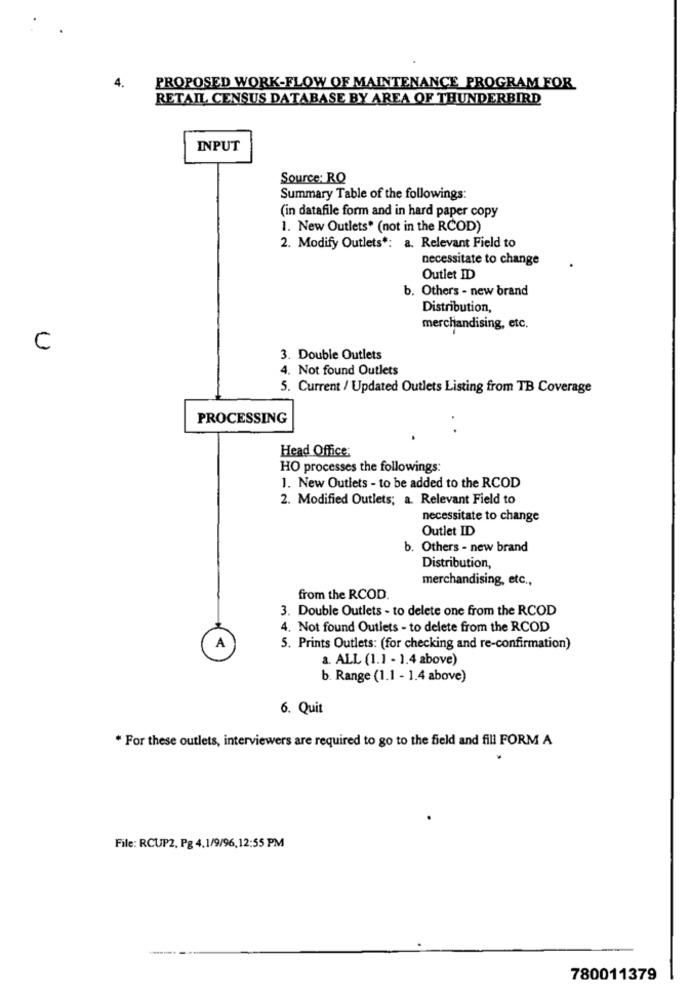
4.
PROPOSED WORK-FLOW OF MAINTENANCE PROGRAM FOR
RETAIL CENSUS DATABASE BY AREA OF THUNDERBIRD
INPUT
Source; RQ
Summary Table of the followings:
(in datafile form and in hard paper copy
1. New Outlets* (not in the RCOD)
2. Modify Outlets *: a. Relevant Field to
necessitate to change
Outlet ID
b. Others - new brand
Distribution,
merchandising, etc.
C
3. Double Outlets
4. Not found Outlets
5. Current / Updated Outlets Listing from TB Coverage
PROCESSING
Head Office:
HO processes the followings:
1. New Outlets - to be added to the RCOD
2. Modified Outlets; a. Relevant Field to
necessitate to change
Outlet ID
b. Others - new brand
Distribution,
merchandising, etc .,
from the RCOD.
3. Double Outlets - to delete one from the RCOD
4. Not found Outlets - to delete from the RCOD
5. Prints Outlets: (for checking and re-confirmation)
a. ALL (1.1 - 1.4 above)
b. Range (1.1 - 1.4 above)
6. Quit
* For these outlets, interviewers are required to go to the field and fill FORM A
File: RCUP2, Pg 4.1/9/96,12:55 PM
780011379